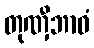
တုဏှီဘာဝံ